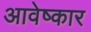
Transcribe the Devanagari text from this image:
आवेष्कार